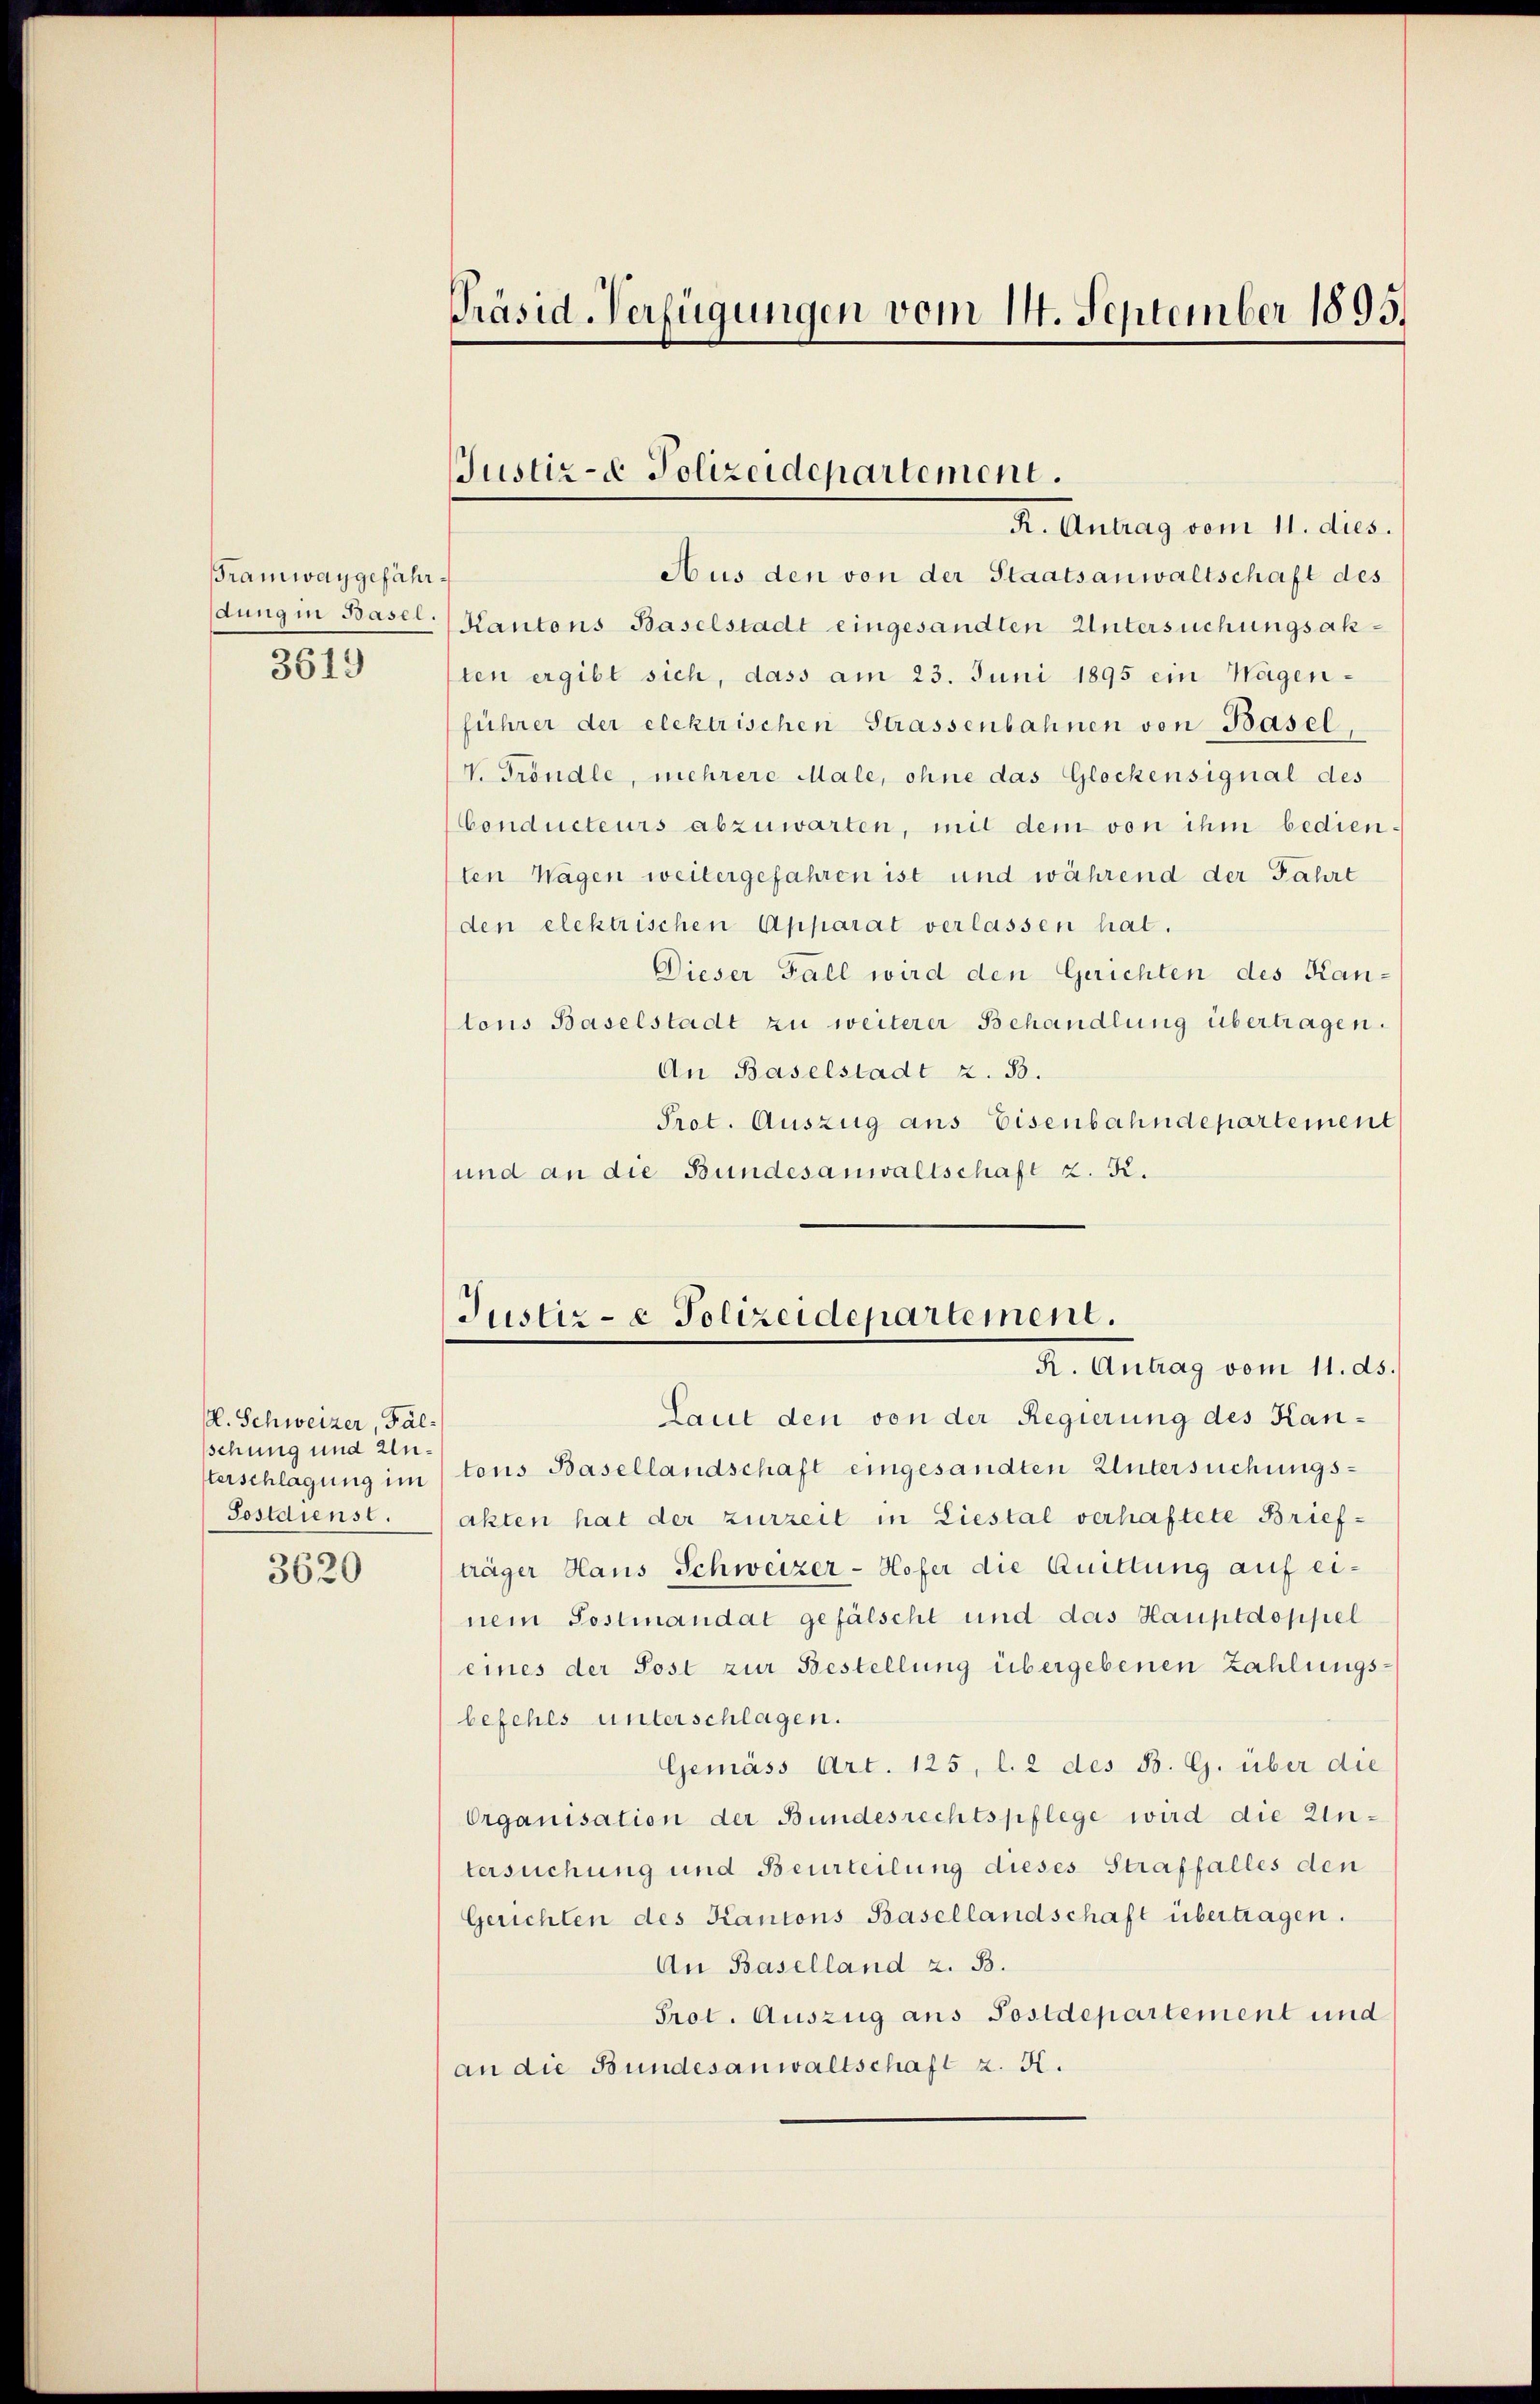
Tramway gefähr¬

3619

. Schweizer, Fal-
schung und Unterschlagung im
Postdienst.

3620

Aus den von der Staatsanwaltschaft des
dung in Basel. Kantons Baselstadt eingesandten Untersuchungsakten ergibt sich, dass am 23. Juni 1895 ein Wagenführer der elektrischen Strassenbahnen von Basel
V. Gröndle, mehrere Male, ohne das Glockensignal des
Conducteurs abzuwarten, mit dem von ihm bedienten Wagen weitergefahren ist und während der Fahrt
den elektrischen Apparat verlassen hat.
Dieser Fall wird den Gerichten des Kan-
tons Baselstadt zu weiterer Behandlung übertragen.
An Baselstadt z. B.
Prot. Auszug aus Eisenbahndepartement
und an die Bundesanwaltschaft z. K.

Präsid-Verfügungen vom 14. September 1895.

Justiz- & Polizeidepartement.
R. Antrag vom 11. dies.

Justiz- e Polizeidepartement.
A. Antrag vom 11. ds.

Laut den von der Regierung des Kantons Basellandschaft eingesandten Untersuchungsakten hat der zurzeit in Liestal verhaftete Brief-
träger Haus Schweizer-Hofer die Quittung auf einem Postmandat gefälscht und das Hauptdoppel
eines der Post zur Bestellung übergebenen Zahlungs-
befehls unterschlagen.
Gemäss Art. 125, l. 2 des B. G. über die
Organisation der Bundesrechtspflege wird die Untersuchung und Beurteilung dieses Straffalles den
Gerichten des Kantons Basellandschaft übertragen.
An Baselland z. B.
Prot. Auszug aus Postdepartement und
an die Bundesanwaltschaft z. K.